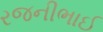
રજનીભાઈ